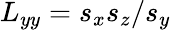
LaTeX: L_{yy}=s_{x}s_{z}/s_{y}